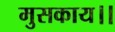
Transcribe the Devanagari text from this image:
मुसकाय।।